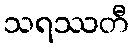
သရဿတီ